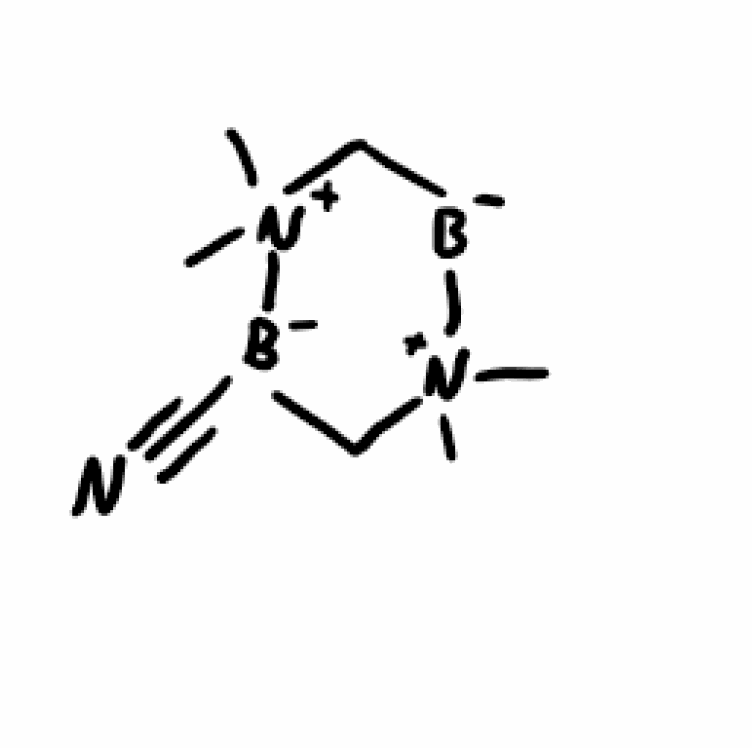
Simplified molecular-input line-entry system (SMILES) notation of the given molecule:
[B-]1C[N+]([B-](C[N+]1(C)C)C#N)(C)C